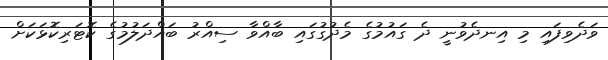
ވަދެވިފައި މި އިނދެވުނީ ދެ ގައުމުގެ މެދުގުގައި ބާއްވާ ސިއްރު ބައްދަލުުމުގެ ކޮޓަރިކޮޅަކަށް